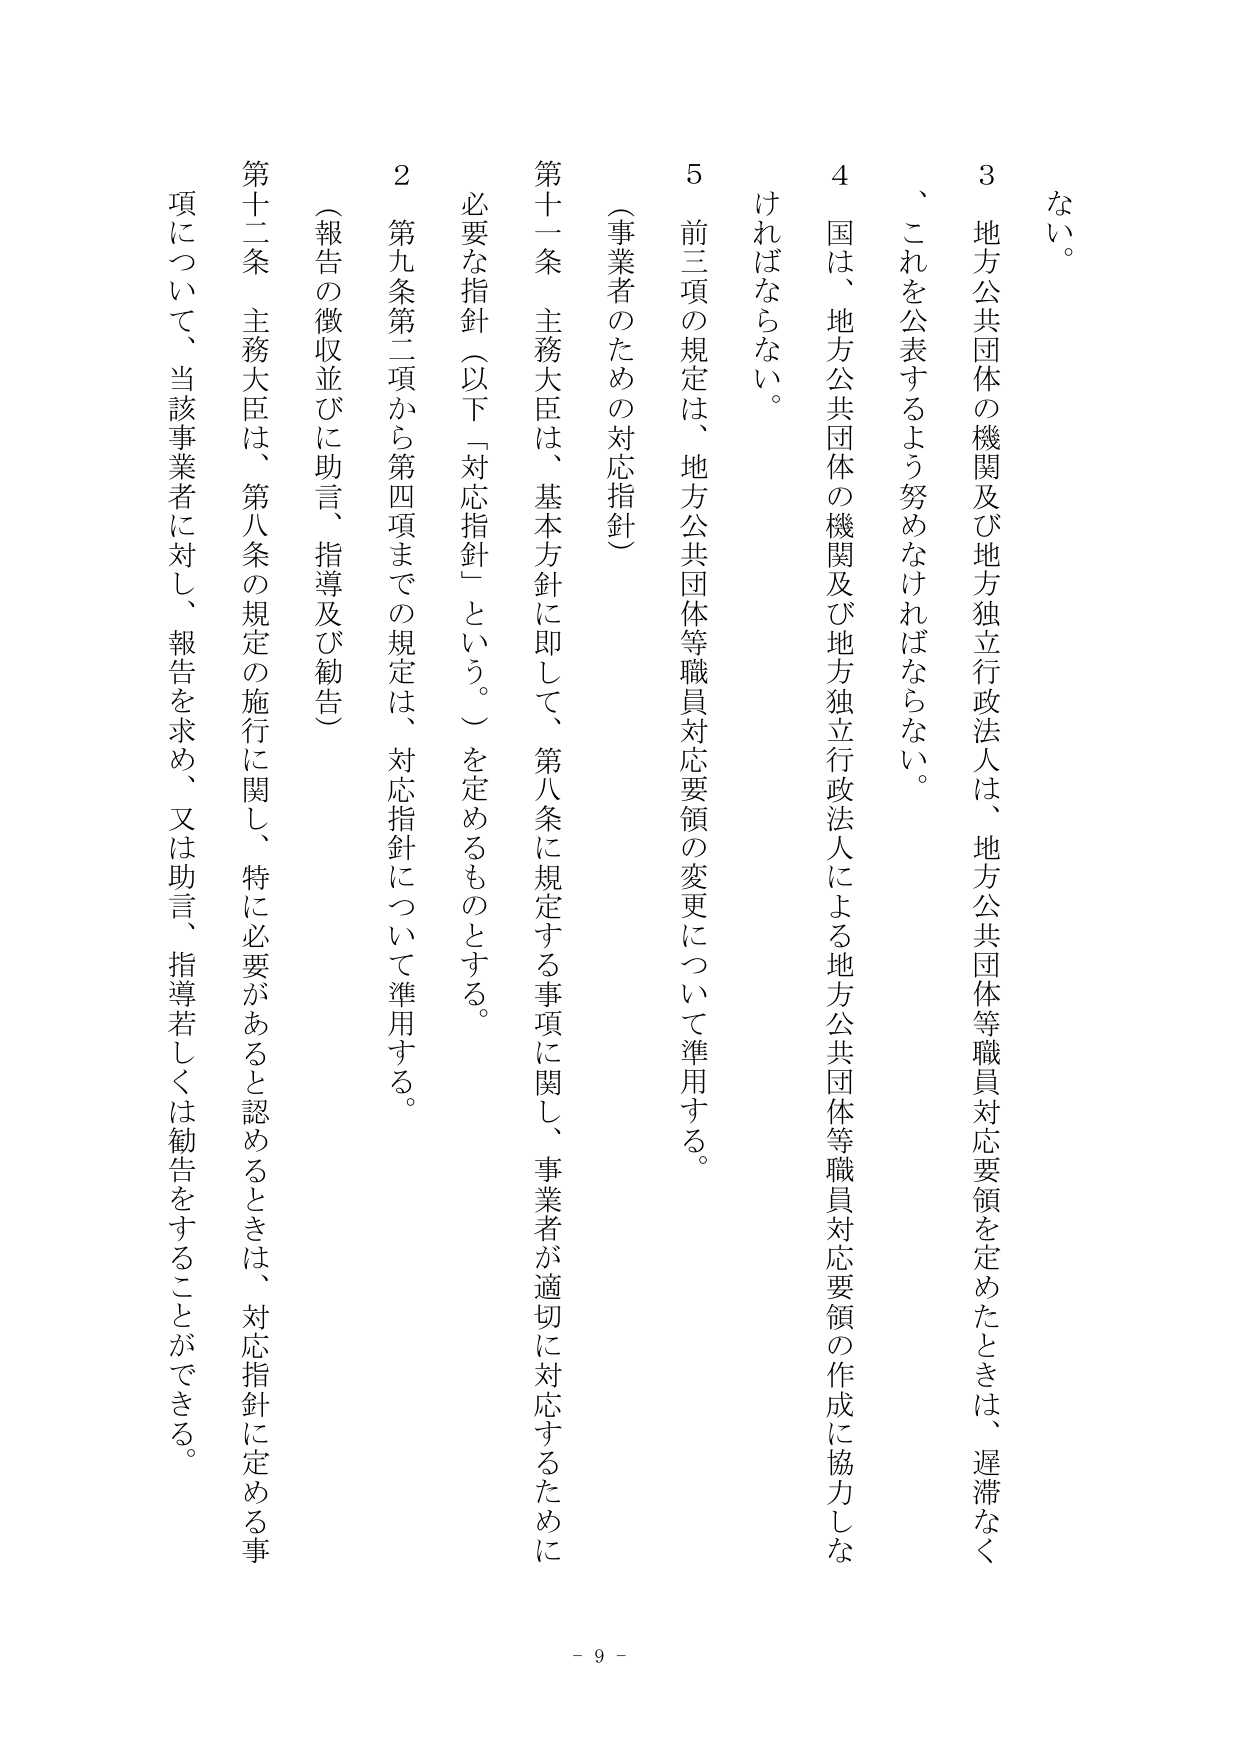
ない。

3 地方公共団体の機関及び地方独立行政法人は、地方公共団体等職員対応要領を定めたときは、遅滞なく、これを公表するよう努めなければならない。

4 国は、地方公共団体の機関及び地方独立行政法人による地方公共団体等職員対応要領の作成に協力しなければならない。

5 前三項の規定は、地方公共団体等職員対応要領の変更について準用する。

（事業者のための対応指針）

第十一条 主務大臣は、基本方針に即して、第八条に規定する事項に関し、事業者が適切に対応するために必要な指針（以下「対応指針」という。）を定めるものとする。

2 第九条第二項から第四項までの規定は、対応指針について準用する。

（報告の徴収並びに助言、指導及び勧告）

第十二条 主務大臣は、第八条の規定の施行に関し、特に必要があると認めるときは、対応指針に定める事項について、当該事業者に対し、報告を求め、又は助言、指導若しくは勧告をすることができる。

- 9 -